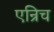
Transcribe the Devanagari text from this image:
एन्रिच